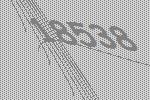
18538